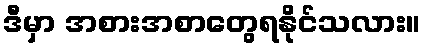
ဒီမှာ အစားအစာတွေရနိုင်သလား။